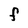
Character: F